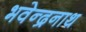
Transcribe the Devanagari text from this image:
भवेन्द्रनाथ